Bréfritari: Soffía Daníelsdóttir
Viðtakandi: Jakobína Magnúsdóttir og Daníel Halldórsson
Dagsetning: A-1902-04-12
Skrifað á: Skeggjastöðum  N-Múl.
Soffía var dóttir Jakobínu og Daníels

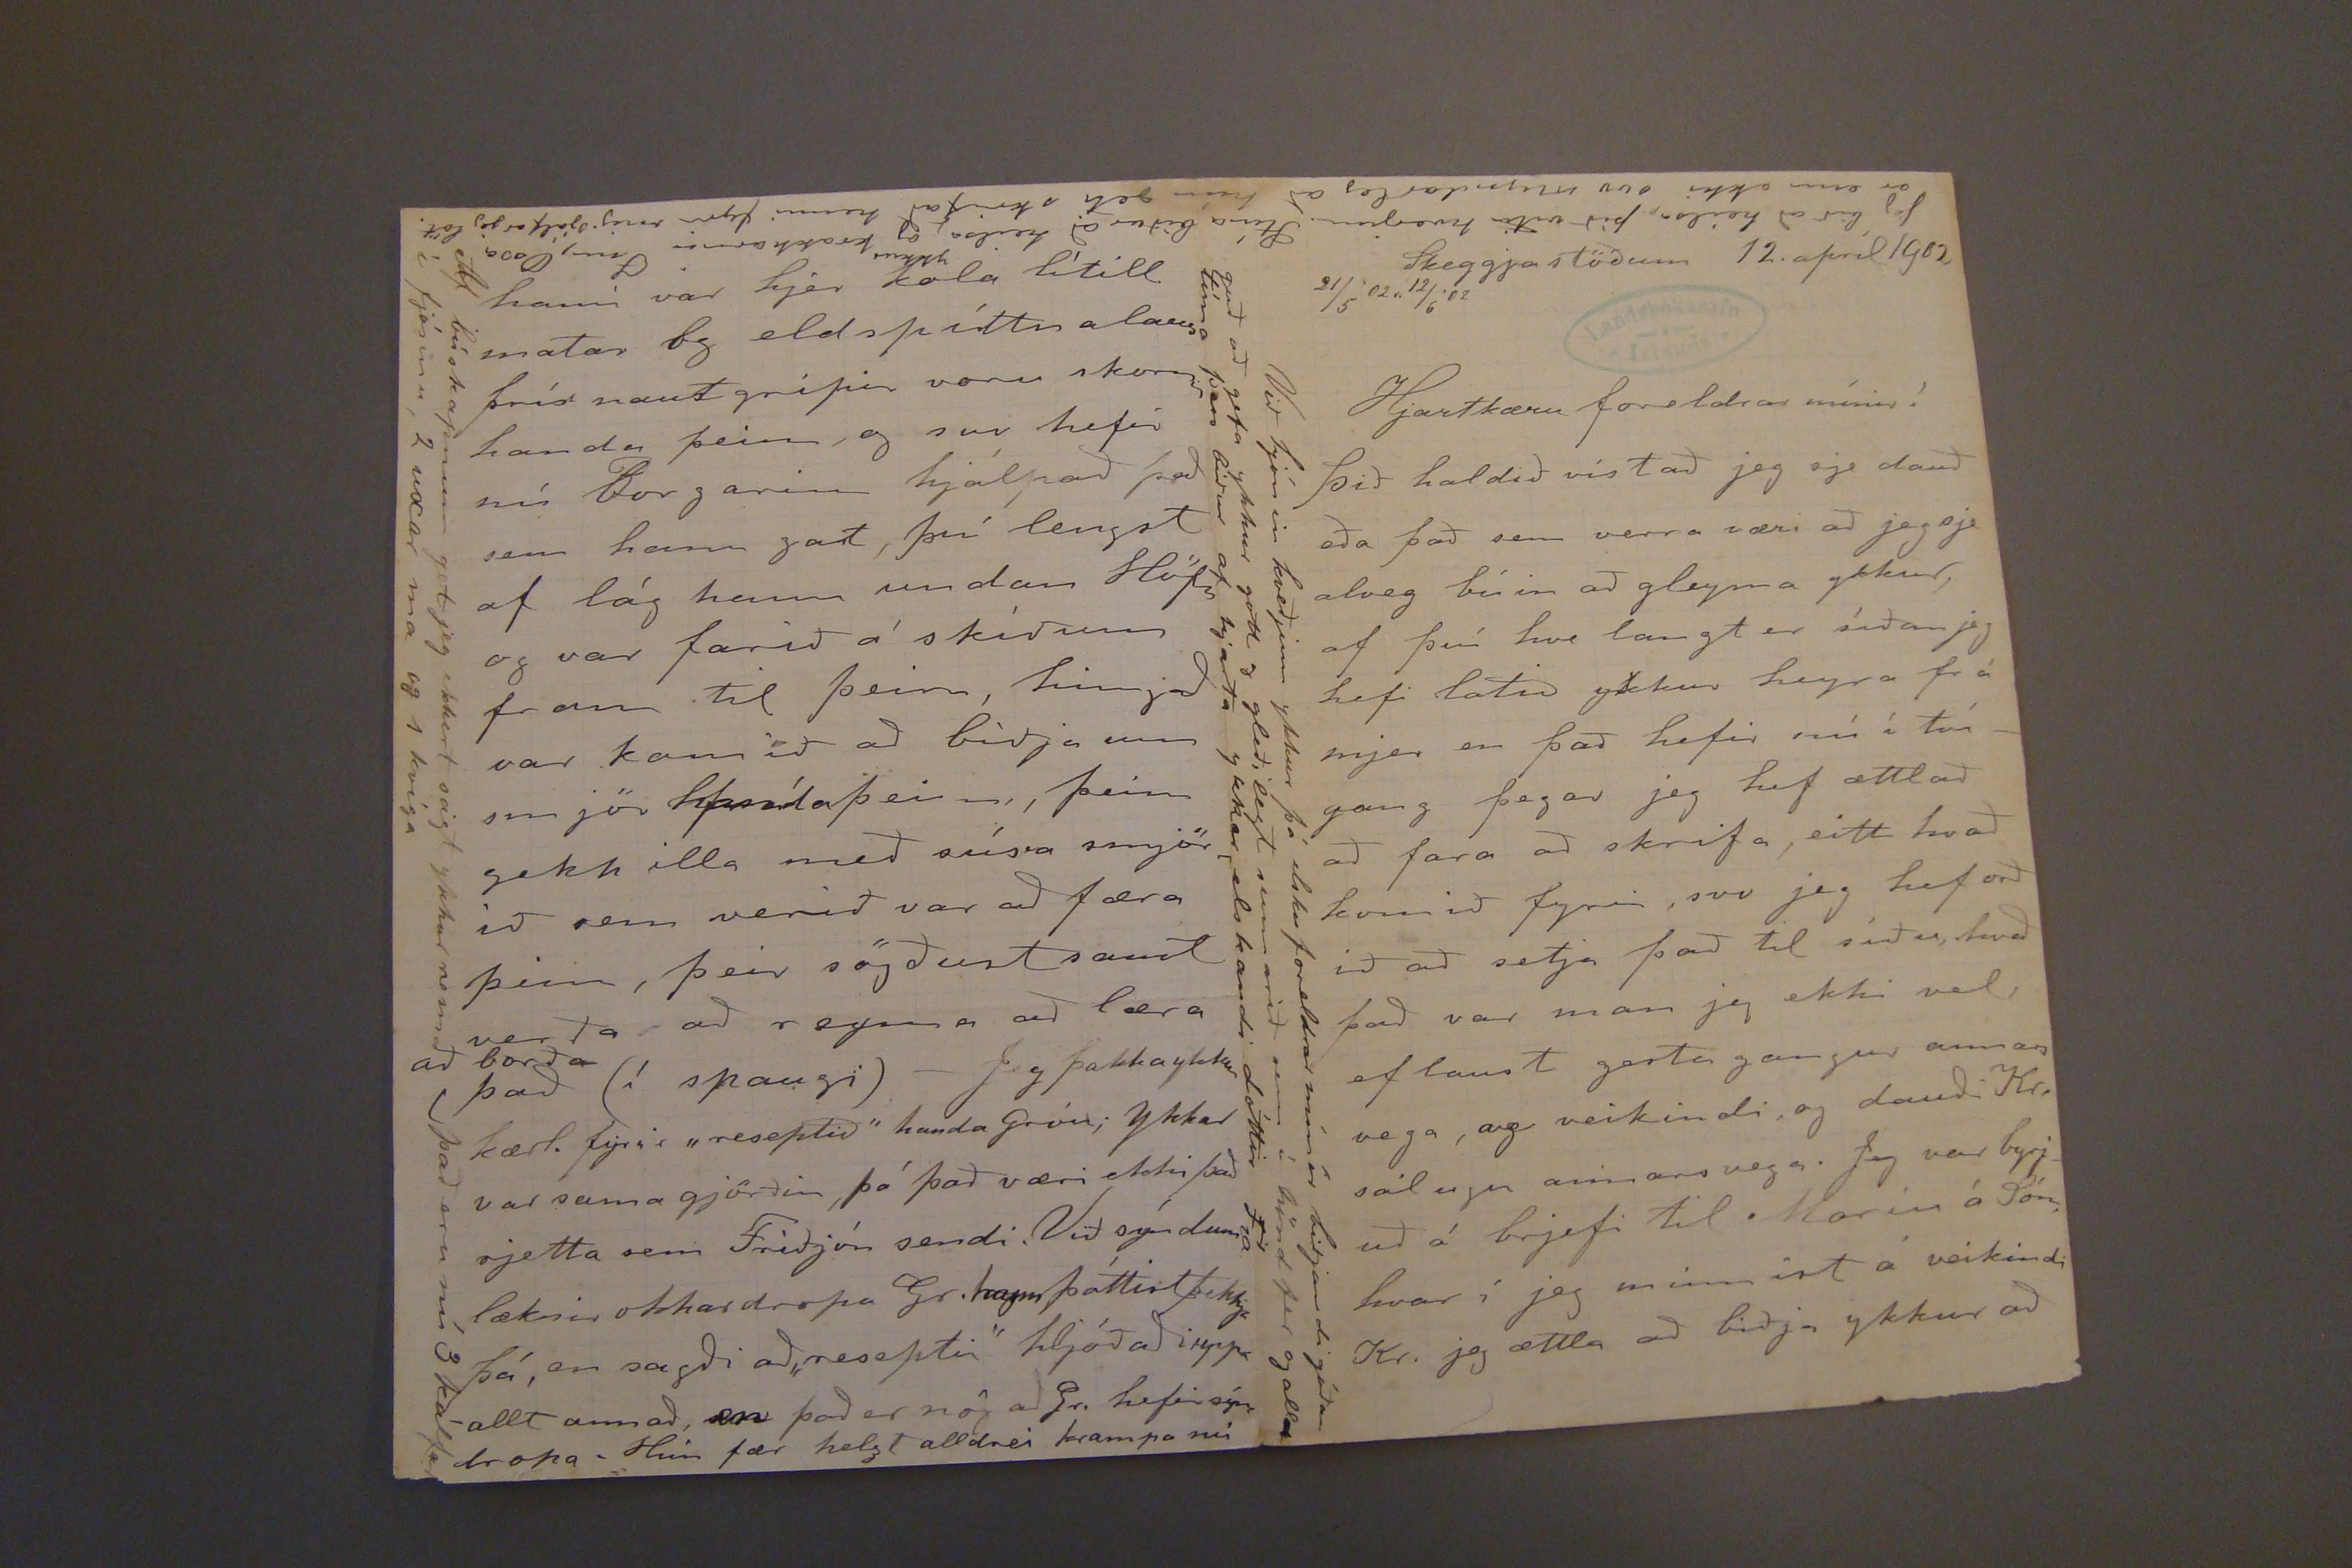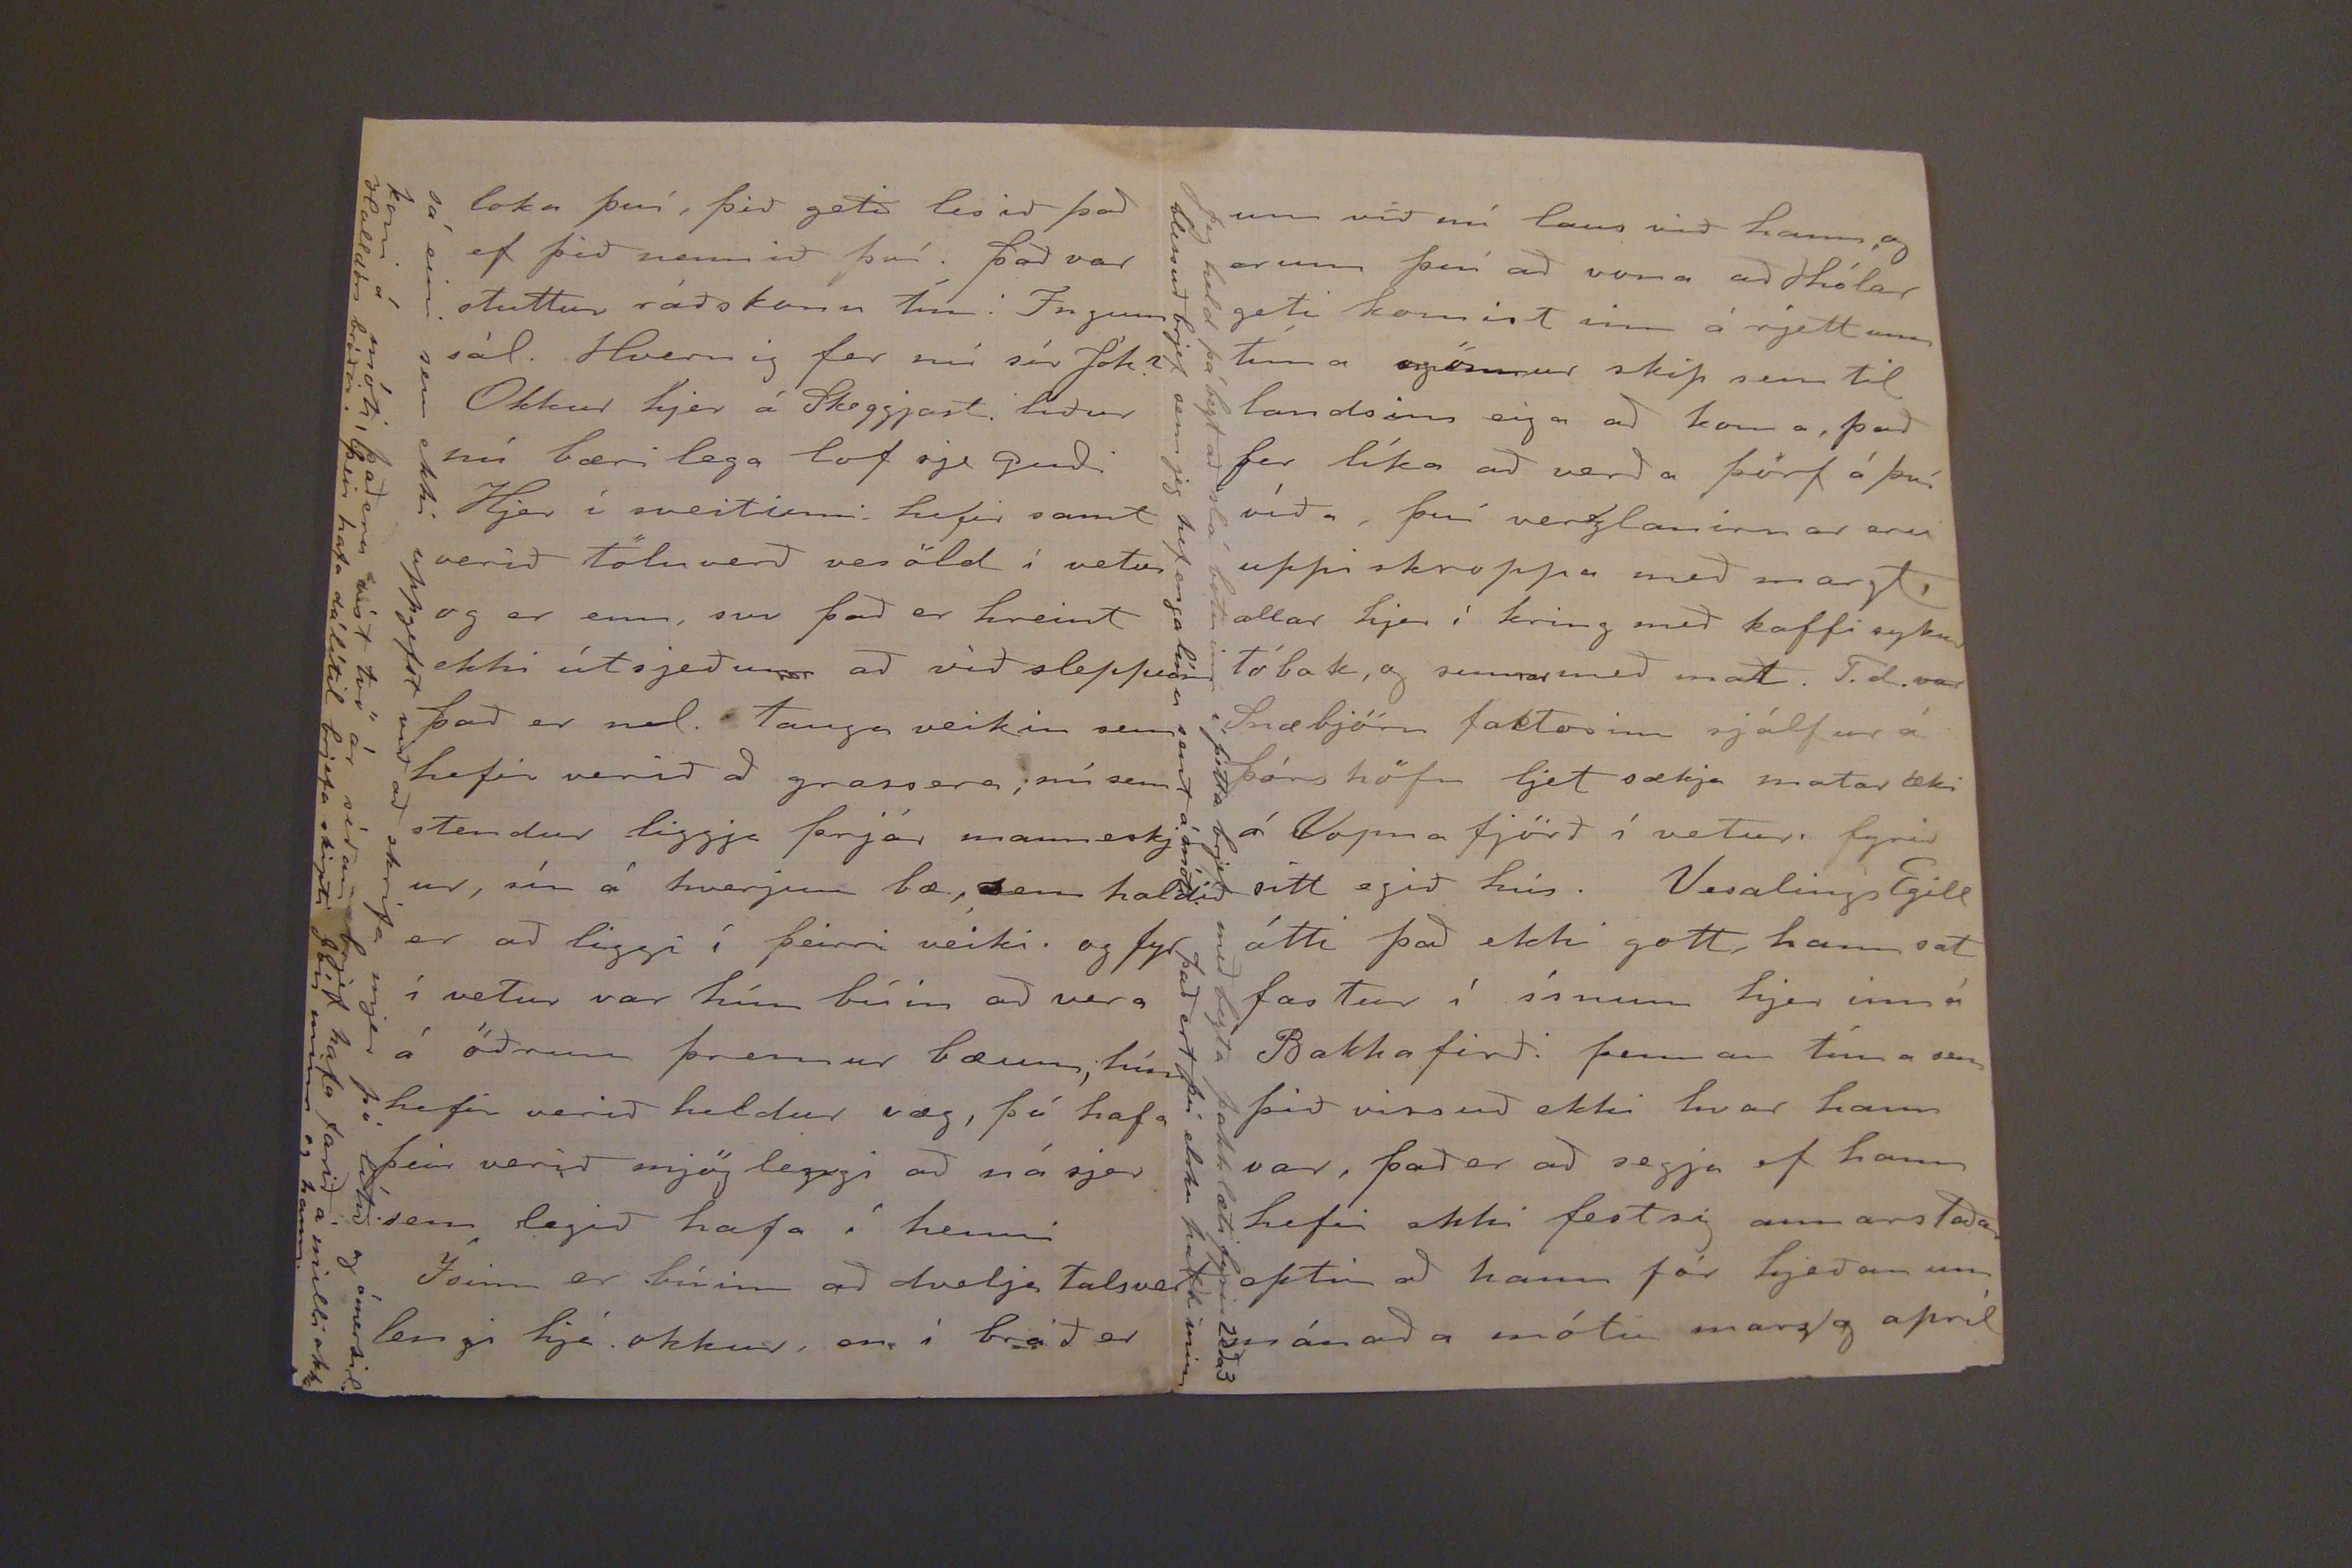

Skeggjastöðum 12. apríl 1902
21/5'02r. 12/6'02
Hjartkæru foreldrar mínir!
þið haldið víst að jeg sje dauð eða það sem verra væri að jeg sje alveg búin að gleyma ykkur, af því hve langt er síðan jeg hefi latið ykkur heyra frá mjer en það hefir nú í tvígang þegar jeg hef ættlað að fara að skrifa, eitt hvað komið fyrir, svo jeg hef orð ið að setja það til síðu, hvað það var man jeg ekki vel ef laust gesta gangur annars vega, og veikindi, og dauði Kr. sáluga annars vega. Jeg var byrjuð á brjefi til Maríu á lón, hvar í jeg minnist á veikindi Kr. jeg ættla að biðja ykkur að
Við hjónin kveðjum ykkur þá elsku foreldrar mínír biðjandi góðan guð að gefa ykkur gott og gleðilegt sumarið sem í hönd fer og all tíma þess biður af hjarta ykkar elskandi dóttir Fía
Jeg bið að heilsa þið viti hverjum. Stína biður að heilsa ykkur og krakkarnir Ínu, Ossa er enn ekki svo myndarleg að hún geti skrifað henni fyrir mig sjálfar jeg löt.
loka því, þið getið lesið það ef þið nennið því. það var stuttur ráðskonu Ínu. Ingun sál. Hvernig fer nú sér Jóh?
Okkur hjer á Skeggjast. liður nú bæri lega lof sje Guði
Hjer í sveitinni hefir samt verið töluverð veröld í vetur og er enn, svo það er hreint ekki útsjeð um að við sleppum það er nl. tauga veikin sem hefir verið að grassera, nú sem stendur liggja þrjár manneskj ur, sín á hverjum bæ, sem haldið er að liggi í þeirri veiki. og fyr í vetur var hún búin að vera á öðrum þremur bæum, hún hefir verið heldur væg, þó hafa þeir verið mjög lengi að ná sjer sem legið hafa í henni
Ísinn er búinn að dvelja talsvert lengi hjá okkur, en í bráð er
sá eini sem ekki uppgefst við að skrifa mjer þó lítið og ómerkil. kom á móti, það eru víst tvö ár síðan brjef hafa farið á mili okka Halldórs bróðir. þeir hafa dálítil brjefa skipti Jón minn og hann.
hann var hjer kola lítill matar og eldspíttna laus þrír naut gripir voru
skom
handa þeim, og svo hefir nú Borgarinn hjálpað það sem hann gat, því lengst af lág hann undan Höfn og var farið á skíðum fram til þeim, hingað var komið að biðja um smjör handa þeim, þeim gekk illa með súra smjörið sem verið var að færa þim, þeir sögðust samt verða að reyna að læra
að borða
(það (í spaugi)- Jeg þakka ykkur kærl. fyrir "reseptið" handa Gróu; ykkar var sama gjörðin, þó það væri ekki það rjetta sem Friðjón sendi. Við sýndum læknir okkar dropa Gr. hann þottist þekkja þá, en sagði að "resepti" hljóðaði uppa allt annað, en það er nóg að Gr. hefir
sýn
dropa. Hún fær helzt aldrei krampa nú
Af búskapnum get jeg ekkert sagt ykkur nema það eru nú 3 kálfar í fjósinu, 2
wocar ma
og 1 kvíga
um við nú laus við hann, og erum því að vona að Hólar geti komist inn á rjettum tíma og önnur skip sem til landsins ega að koma, það fer líka að verða þörf á því víða, því verklanirnar eru uppi skroppa með margt, allar hjer í kring með kaffi og
kur
tóbak, og sumar með mat. T.d. var Snæbjörn faktorinn sjálfur á þórs höfn ljet sækja matar æti á Vopna fjörð í vetur. fyrir sitt egið hús. Vesalings Egill átti það ekki gott, hann sat fastur í ísnum hjer inn á Bakkafirði þennan tíma sem þið vissuð ekki hvar hann var, það er að segja ef hann hefir ekki fest og annarstaðar eptir að hann fór hjeðan um mánaða mótin marz/g apríl
Jeg held þá bezt að slá botninn í þetta brjef með bezta þakklæti fyrir 2 eða 3 blessuð brjef sem jeg hef enga línu sent á móti það ert þú elsku pabbi minn